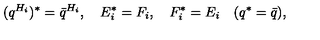
( q ^ { H _ { i } } ) ^ { * } = { \bar { q } } ^ { H _ { i } } , \quad E _ { i } ^ { * } = F _ { i } , \quad F _ { i } ^ { * } = E _ { i } \quad ( q ^ { * } = \bar { q } ) ,